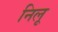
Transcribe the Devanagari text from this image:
निलू